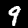
Label: 9